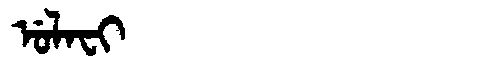
Manchu: ᡠᠯᠠᠸᡳ
Romanization: ULAFI